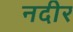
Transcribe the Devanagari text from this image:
नदीर